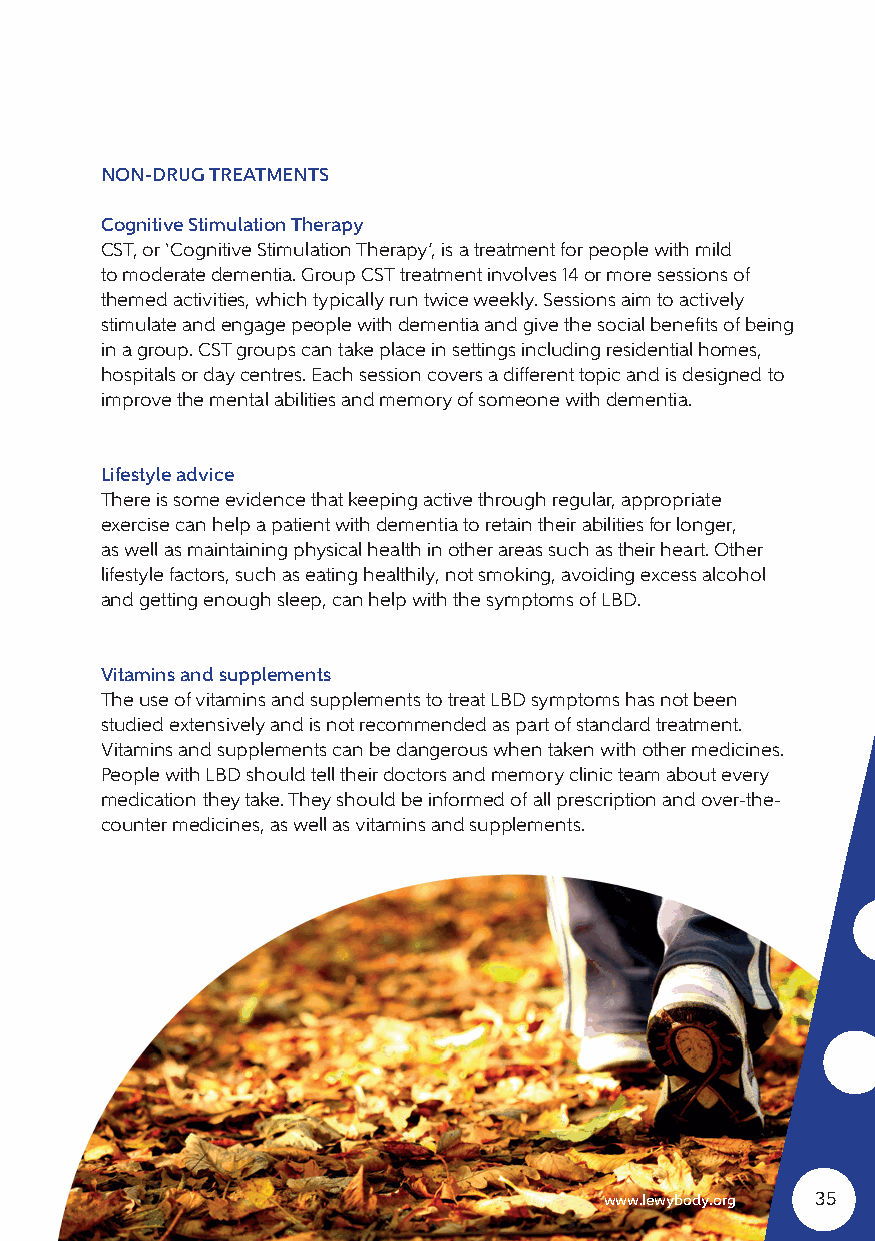
NON-DRUG TREATMENTS
 Cognitive Stimulation Therapy
 CST, or ‘Cognitive Stimulation Therapy’, is a treatment for people with mild
 to moderate dementia. Group CST treatment involves 14 or more sessions of
 themed activities, which typically run twice weekly. Sessions aim to actively
 stimulate and engage people with dementia and give the social benefits of being
 in a group. CST groups can take place in settings including residential homes,
 hospitals or day centres. Each session covers a different topic and is designed to
 improve the mental abilities and memory of someone with dementia.
 Lifestyle advice
 There is some evidence that keeping active through regular, appropriate
 exercise can help a patient with dementia to retain their abilities for longer,
 as well as maintaining physical health in other areas such as their heart. Other
 lifestyle factors, such as eating healthily, not smoking, avoiding excess alcohol
 and getting enough sleep, can help with the symptoms of LBD.
 Vitamins and supplements
 The use of vitamins and supplements to treat LBD symptoms has not been
 studied extensively and is not recommended as part of standard treatment.
 Vitamins and supplements can be dangerous when taken with other medicines.
 People with LBD should tell their doctors and memory clinic team about every
 medication they take. They should be informed of all prescription and over-the-
 counter medicines, as well as vitamins and supplements.
 www.lewybody.org 35